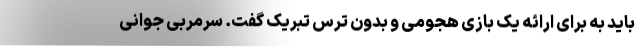
باید به برای ارائه یک بازی هجومی و بدون ترس تبریک گفت. سرمربی جوانی